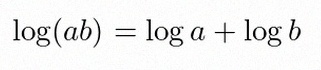
\log(ab)=\log a+\log b